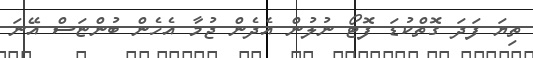
ތިޔަ ފަދަ ގޮތްކުޑަ ފޮޓޯ ނުލުން އެދެން ޖުމާ އެހެން ބުންޏަސް އޭނަ